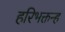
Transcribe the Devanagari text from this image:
हरिभक्तन्ह